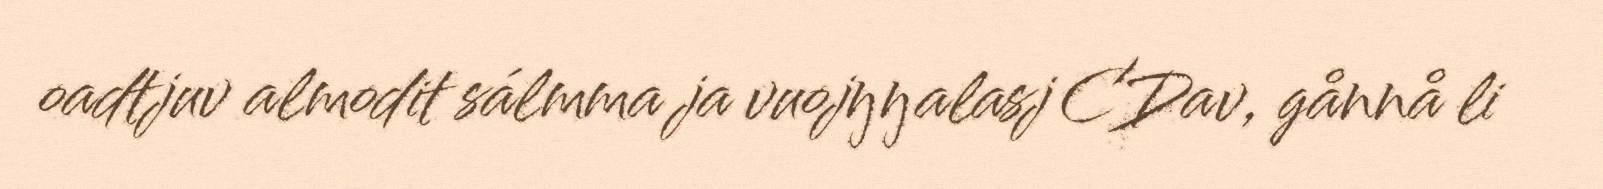
oadtjuv almodit sálmma ja vuojŋŋalasj CDav, gånnå li